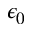
\epsilon _ { 0 }